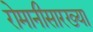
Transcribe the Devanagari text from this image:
रोमानीसारख्या